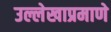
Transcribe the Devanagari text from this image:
उल्लेखाप्रमाणे